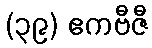
(၃၉) ဧကဗီဇီ